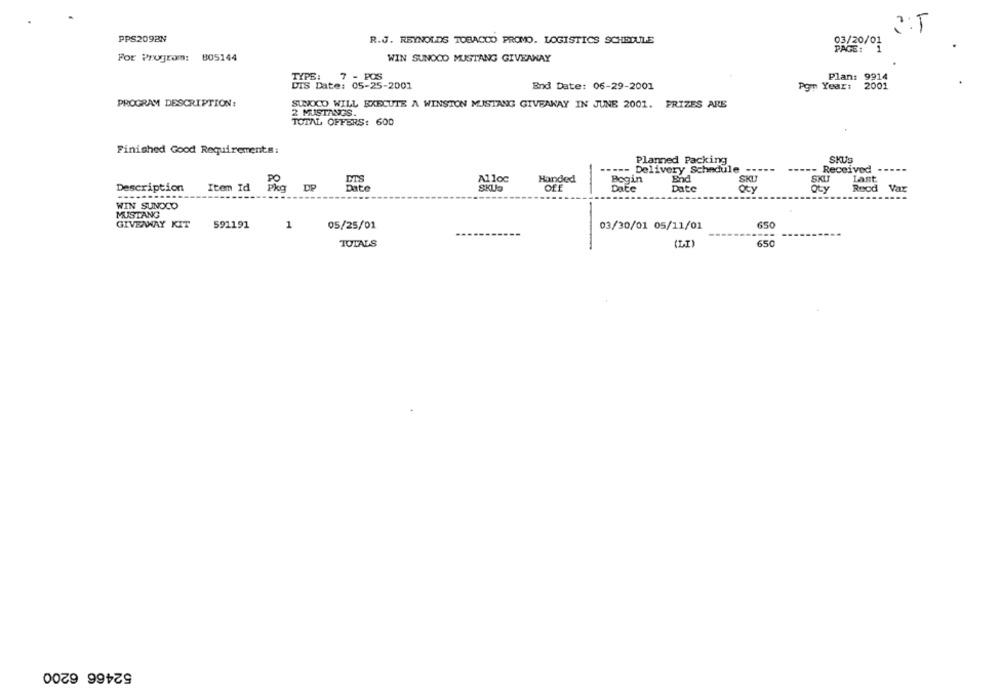
3:5
PPS209EN
R.J. REYNOLDS TOBACCO PROMO. LOGISTICS SCHEDULE
03/20/01
PAGE: 1
For Program: 805144
WIN SUNOCO MUSTANG GIVEAWAY
TYPE:
7 - POS
Plan: 9914
DIS Date: 05-25-2001
End Date: 06-29-2001
Pgn Years
2001
PROGRAM DESCRIPTION:
SUNOCO WILL EXECUTE A WINSTON MUSTANG GIVEAWAY IN JUNE 2001. FRIZES ARE
2 MUSTANGS.
TOTAL OFFERS: 600
Finished Good Requirements:
Planned Packing
SKUS
.---- Delivery Schedule
=- Received
Alloc
Handed
Begin
End
SKIJ
Last
Description
DES
SKLO
Off
SKU
Item Id Pkg DP
Date
Date
Oty
Rood Var
WIN SUNOCO
MUSTANG
GIVEAWAY KIT
591191
1
05/25/01
03/30/01 05/11/01
650
650
TOTALS
(LI)
52466 6200